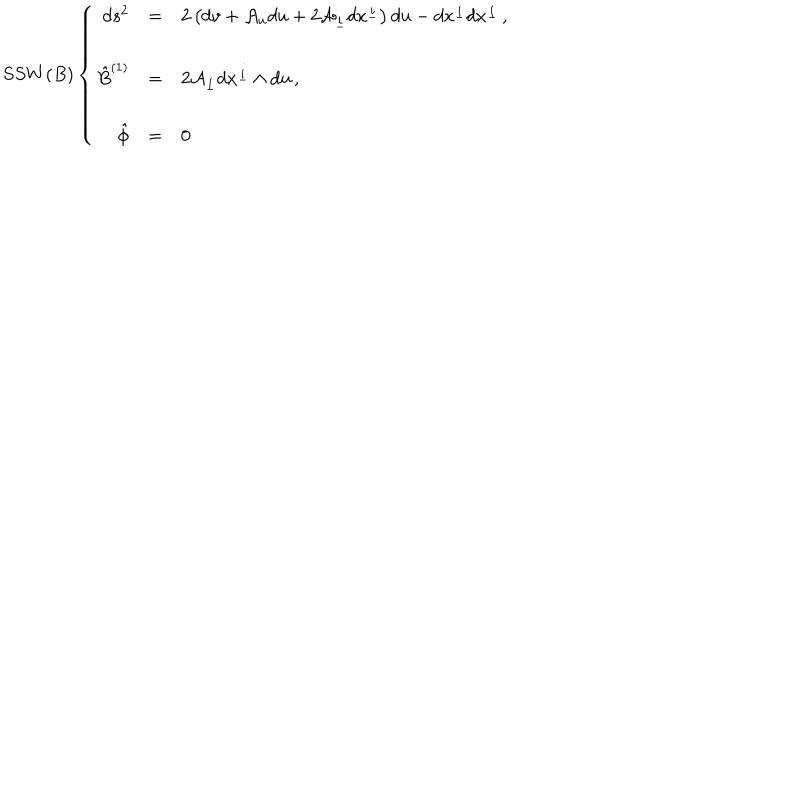
S S W ( B ) \left\{ \begin{array} { r c l } { { d s ^ { 2 } } } & { { = } } & { { 2 \left( d v + { \cal A } _ { u } d u + 2 { \cal A } _ { \underline { { { i } } } } d x ^ { \underline { { { i } } } } \right) d u - d x ^ { \underline { { { i } } } } d x ^ { \underline { { { i } } } } \, , } } \\ { { } } & { { } } & { { } } \\ { { \hat { B } ^ { ( 1 ) } } } & { { = } } & { { 2 { \cal A } _ { \underline { { { i } } } } d x ^ { \underline { { { i } } } } \wedge d u \, , } } \\ { { } } & { { } } & { { } } \\ { { \hat { \phi } } } & { { = } } & { { 0 \, } } \\ \end{array} \right.